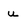
Character: u